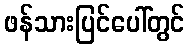
ဖန်သားပြင်ပေါ်တွင်